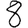
Digit: 8